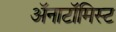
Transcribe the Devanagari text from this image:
अॅनाटॉमिस्ट